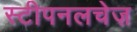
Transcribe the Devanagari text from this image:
स्टीपनलचेज़